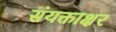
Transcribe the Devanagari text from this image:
संयक्ताक्षर